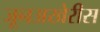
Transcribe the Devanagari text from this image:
जूनअखेरीस